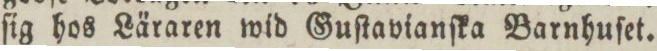
ſig hos Läraren wid Guſtavianſka Barnhuſet.